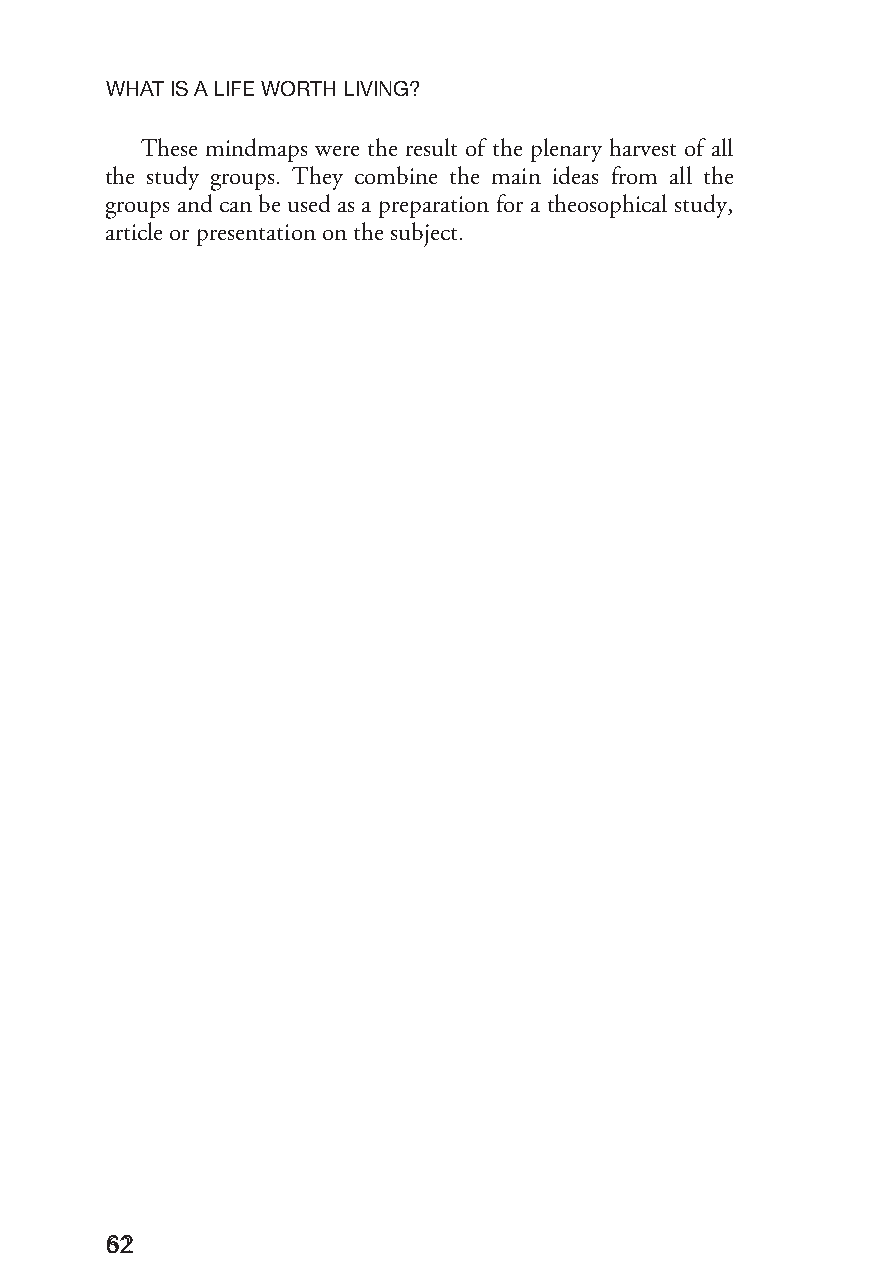
WHATISALIFEWORTHLIVING?
 These mindmaps were the result of the plenary harvest of all
 the study groups. They combine the main ideas from all the
 groups and can be used as a preparation for a theosophical study,
 articleorpresentationonthesubject.
 6622